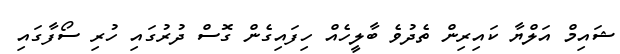
ޝައިމް އަލްޔާ ކައިރިން ތެދުވެ ބާލީހެއް ހިފައިގެން ގޮސް ދުރުގައި ހުރި ސޯފާގައި